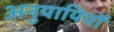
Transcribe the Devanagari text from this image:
अनुयायियों